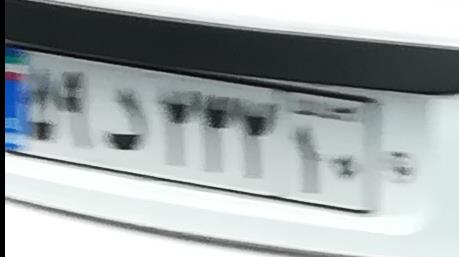
۵۹د۳۳۳۱۰